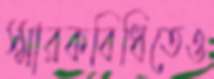
স্মারকবিধিতেও